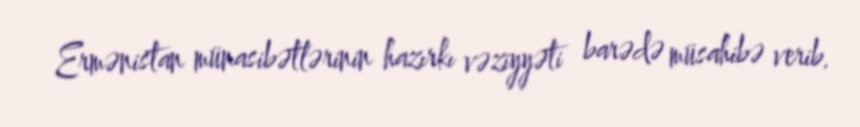
Ermənistan münasibətlərinin hazırkı vəziyyəti barədə müsahibə verib.